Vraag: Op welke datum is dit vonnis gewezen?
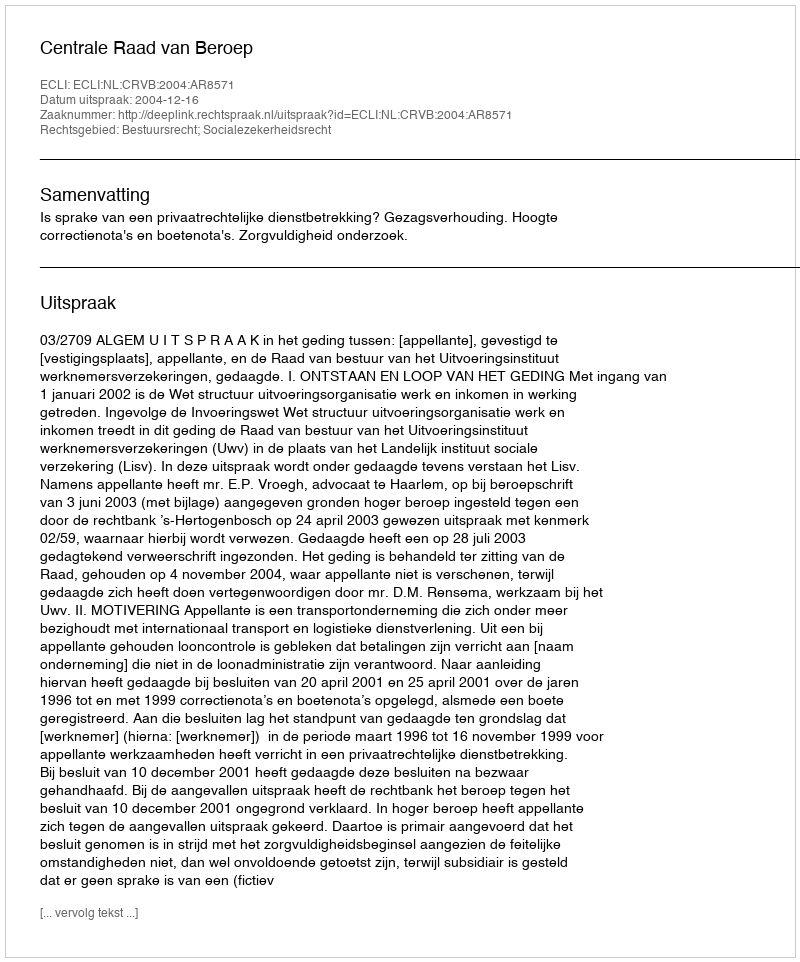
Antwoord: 2004-12-16